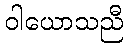
ဝါယောသညီ